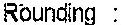
ROUNDING :